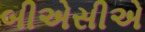
બીએસીએ